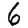
Digit: 6